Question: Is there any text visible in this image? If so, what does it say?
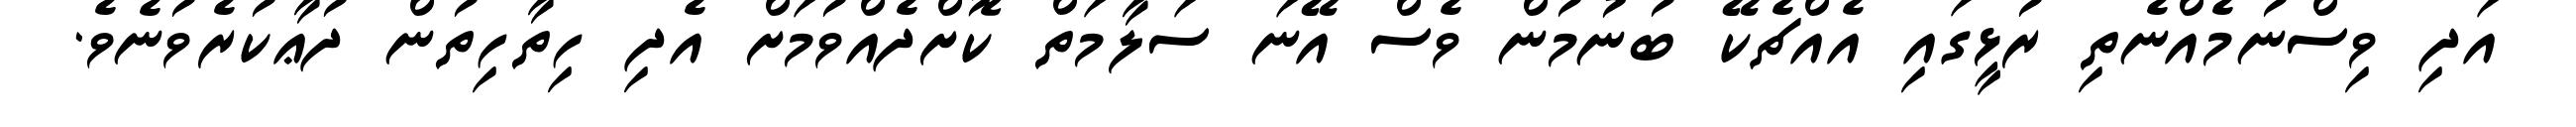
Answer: އަދި ވިސްނުމެއްނެތި ރުޅީގައި އެއްޗެކޭ ބުނުމުން ވެސް އޭނަ ސަލާމަތް ކޮށްދެއްވުމަށް އެދި ހިތާހިތުން ދުޢާކުރެވުނެވެ.